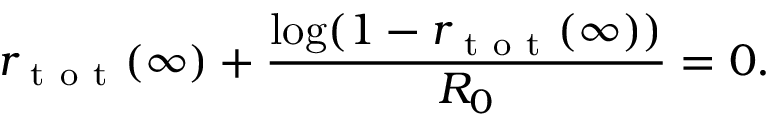
r _ { \mathrm { ~ t ~ o ~ t ~ } } ( \infty ) + \frac { \log ( 1 - r _ { \mathrm { ~ t ~ o ~ t ~ } } ( \infty ) ) } { R _ { 0 } } = 0 .